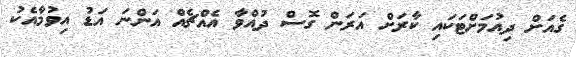
ގެއަށް ދިއުމަށްޓަކައި ކާރަށް އަރަން ގޮސް ދުއްވާ އެއްޗެއް އަންނަ އަޑު އިވުމާއެކު